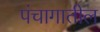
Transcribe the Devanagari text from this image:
पंचागातील